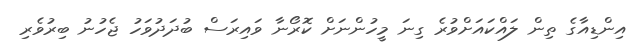
އިންޑިއާގެ ތިން ލައްކައަށްވުރެ ގިނަ މީހުންނަށް ކޮރޯނާ ވައިރަސް ބުދަދުވަހު ޖެހުނު ބިރުވެރި